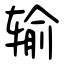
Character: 输